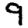
Digit: 9